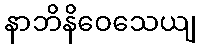
နာဘိနိဝေသေယျ